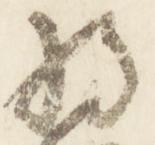
将